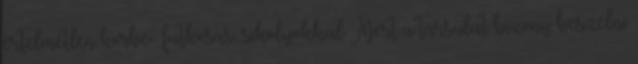
értelmetlen körbe- futkosás, sikolyokkal. Mert a társulat bizony beszélni